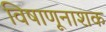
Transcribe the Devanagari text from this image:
विषाणूनाशक